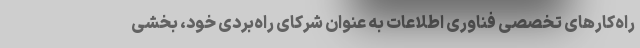
راه‌کارهای تخصصی فناوری اطلاعات به عنوان شرکای راه‌بردی خود، بخشی